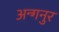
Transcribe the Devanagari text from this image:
अन्गनुर